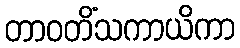
တာဝတိံသကာယိကာ